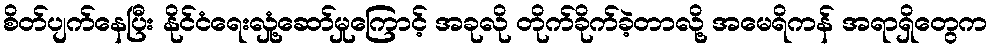
စိတ်ပျက်နေပြီး နိုင်ငံရေးလှုံ့ဆော်မှုကြောင့် အခုလို တိုက်ခိုက်ခဲ့တာလို့ အမေရိကန် အရာရှိတွေက